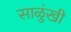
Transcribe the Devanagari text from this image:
साळुंखी